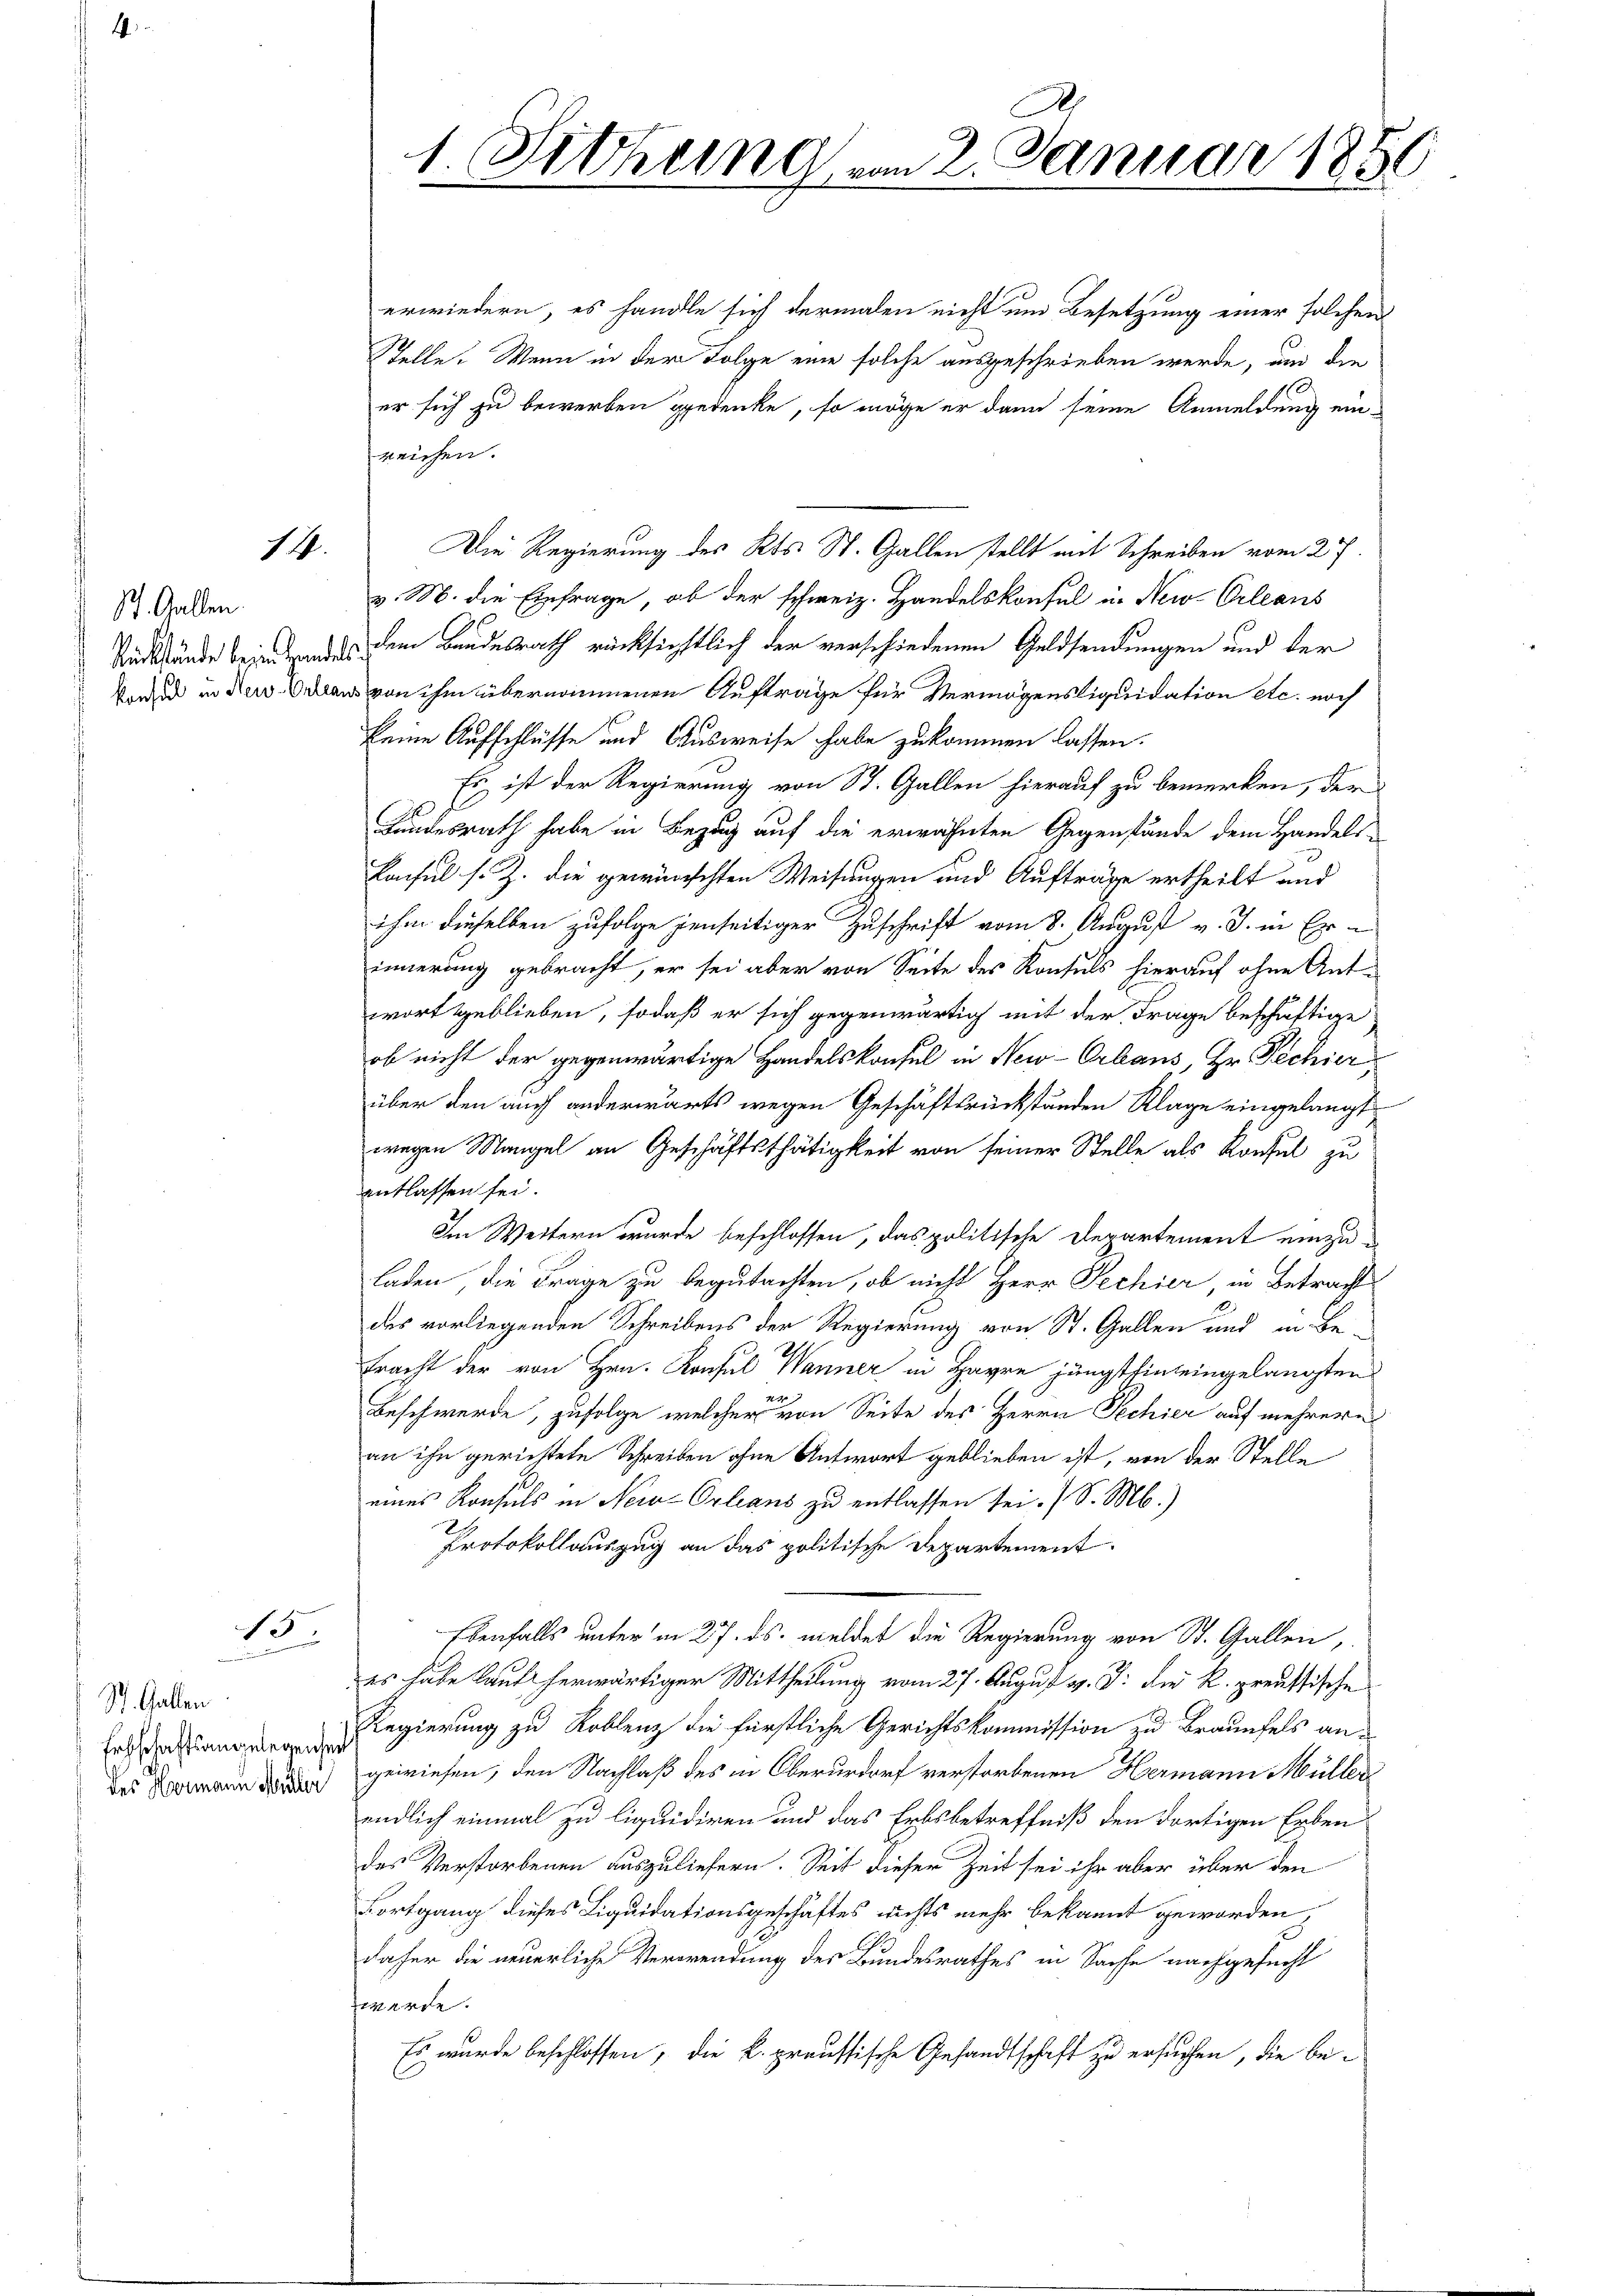
St. Gallen.
Rückstände beim Hande
 Konsul in New-Orlean

14.

15.

St. Gallen
Ertschaftsangelegenheit
des Hermann Miter

1. Sitzung vom 2. Januar 1850

erwiedern, es handle sich dermalen nicht um Besetzung einer solchen
Stelle. Wenn in der Folge eine solche ausgeschrieben werde, um die
er sich zu bewerben gedenke, so möge er dann seine Anmeldung einreichen.
Die Regierung des Kts. St. Gallen stellt mit Schreiben vom 27.
v. M. die Einfrage, ob der schweiz. Handelskonsul u. New-Orleans
dem Bundesrath rücksichtlich der verschiedenen Geldsendungen und der
 von ihm übernommenen Aufträge für Vermögensliquidation etc. noch
keine Aufschlüsse und Ausweise habe zukommen lassen.
Es ist der Regierung von St. Gallen hierauf zu bemerken, der
Landesrath habe in Bezug auf die erwähnten Gegenstände dem Handels
Lacsul s. Z. die gewünschten Weisungen und Aufträge ertheilt und
ihm dieselben zufolge jenseitiger Zuschrift vom 8. August v. J. in Erinnerung gebracht, er sei aber von Seite des Konsuls hierauf ohne Ant-
wort geblieben, sodaß er sich gegenwärtig mit der Frage beschäftige
ob nicht der gegenwärtige Handelskonsul in New-Orbaus, Hr. Pechier
über den auch anderwärts wegen Geschäftsrückständen Klage eingelangt
wegen Mangel an Geschäftsthätigkeit von seiner Stelle als Konsul zu
entlassen sei.
Im Weitern wurde beschlossen, das politische Departement einzuladen, die Frage zu begutachten, ob nicht Herr Fechier in Betracht
des vorliegenden Schreibens der Regierung von St. Gallen und in Be-
tracht der von Hrn. Konsul Wanner in Havre jüngsthin eingelangten
Beschwerde, zufolge welcher von Seite des Herrn Pechier auf mehrere
an ihn gerichtete Schreiben ohne Antwort geblieben ist, von der Stelle
eines Konsuls in New-Orleans zu entlassen sei. S. M.)
Protokollauszug an das politische Departement
benfalls unter in 27. ds. meldet die Regierung von St. Gallen,
es habe lauf herwärtiger Mittheilung vom 27. August d. J. die k. preussische
Regierung zu Roblenz die fürstliche Gerichtskommission zu Braunfels an-
gewiesen; den Nachlaß des in Oberurdorf verstorbenen Hermann Müller
endlich einmal zu liquidiren und das Erbsbetreffniß den dortigen Erben
des Verstorbenen auszuliefern. Seit dieser Zeit sei ihr aber über den
Fortgang dieses Liquidationsgeschäftes nichts mehr bekannt geworden,
daher die neuerliche Verwendung des Bundesrathes in Sache nachgesucht
werde.
Es wurde beschlossen, die k. preussische Gesandtschaft zu ersuchen, die be¬